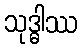
သုဒ္ဓါဿ